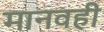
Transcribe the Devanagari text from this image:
मानवही